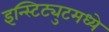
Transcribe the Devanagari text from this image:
इन्स्टिट्युटमध्ये